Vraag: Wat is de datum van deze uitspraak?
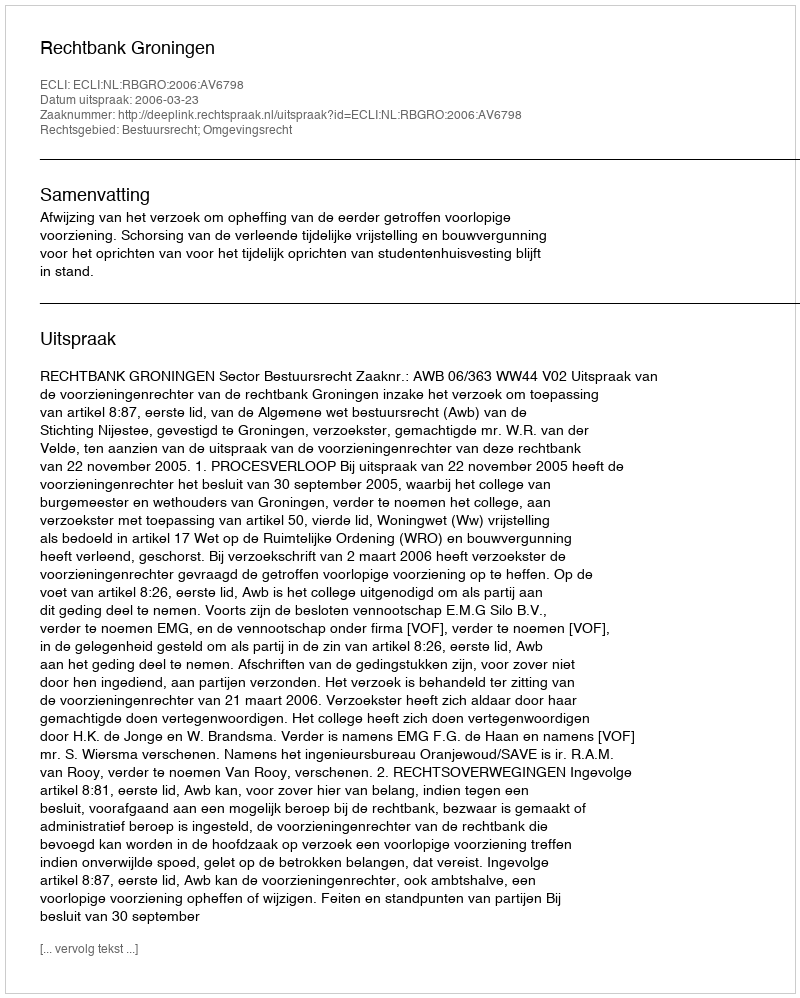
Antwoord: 2006-03-23